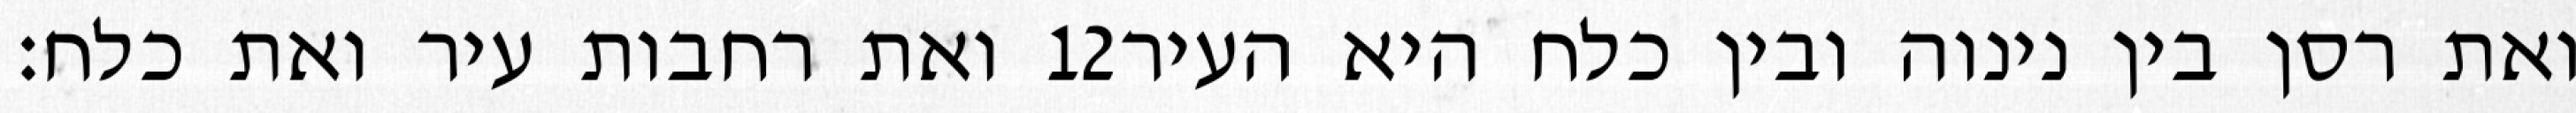
ואת רחבות עיר ואת כלח׃ ‎12‏ ואת רסן בין נינוה ובין כלח היא העיר